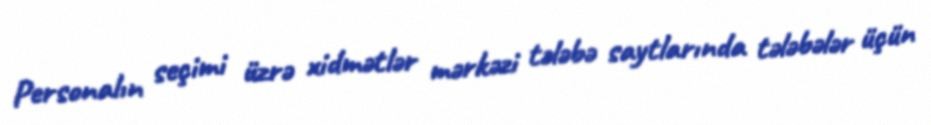
Personalın seçimi üzrə xidmətlər mərkəzi tələbə saytlarında tələbələr üçün